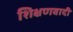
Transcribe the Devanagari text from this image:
शिक्षणवादी